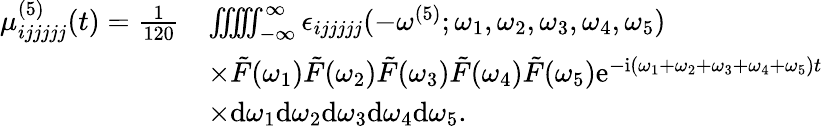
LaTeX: \begin{array}{rl}{\mu_{ijjjjj}^{(5)}(t)=\frac{1}{120}}&{\iiint\! \! \! \iint_{-\infty}^{\infty}\epsilon_{ijjjjj}(-\omega^{(5)};\omega_{1},\omega_{2},\omega_{3},\omega_{4},\omega_{5})}\\ &{\times\tilde{F}(\omega_{1})\tilde{F}(\omega_{2})\tilde{F}(\omega_{3})\tilde{F}(\omega_{4})\tilde{F}(\omega_{5})\mathrm{e}^{-\mathrm{i}(\omega_{1}+\omega_{2}+\omega_{3}+\omega_{4}+\omega_{5})t}}\\ &{\times\mathrm{d}\omega_{1}\mathrm{d}\omega_{2}\mathrm{d}\omega_{3}\mathrm{d}\omega_{4}\mathrm{d}\omega_{5}.}\end{array}